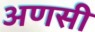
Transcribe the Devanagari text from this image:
अणसी